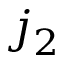
j _ { 2 }